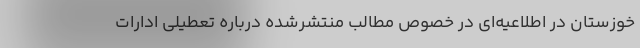
خوزستان در اطلاعیه‌ای در خصوص مطالب منتشرشده درباره تعطیلی ادارات